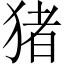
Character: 猪